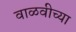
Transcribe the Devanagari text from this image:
वाळवीच्या